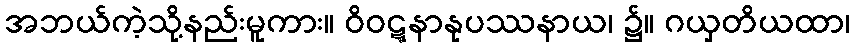
အဘယ်ကဲ့သို့နည်းမူကား။ ဝိဝဋ္ဋနာနုပဿနာယ၊ ၌။ ဂယှတိယထာ၊